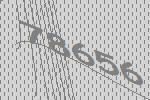
78656